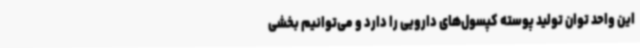
این واحد توان تولید پوسته کپسول‌های دارویی را دارد و می‌توانیم بخشی